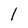
Character: l